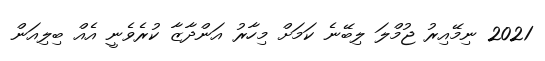
2021 ނިމޭއިރު ޖުމްލަ ލިބޭނެ ކަމަށް މިހާރު އަންދާޒާ ކުރެވެނީ އެއް ބިލިއަން